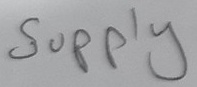
Text: Supply